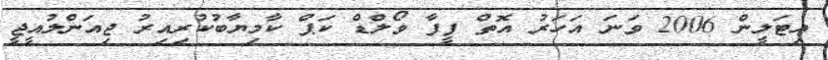
އިޓަލީން 2006 ވަނަ އަހަރު އޮތް ފީފާ ވޯލްޑް ކަޕް ކާމިޔާބުކުރިއިރު ޖިއަންލުއީޖީ